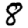
Digit: 8